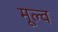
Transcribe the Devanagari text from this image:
मूल्व